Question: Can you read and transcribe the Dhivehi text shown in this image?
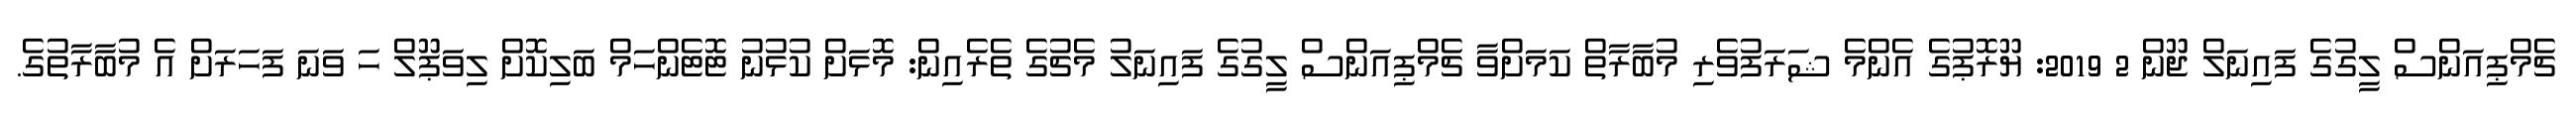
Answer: ޗެމްޕިއަންސް ލީގުގެ ފައިނަލް ޖޫން 2 2019: ޔޫރޮޕުގެ އެންމެ ޝަރަފުވެރި މުބާރާތް ކަމަށްވާ ޗެމްޕިއަންސް ލީގުގެ ފައިނަލު މެޗުގެ ތެރެއިން: މޮޅަށް ކުޅުނު ޓޮޓެންހަމް ބަލިކޮށް ލިވަޕޫލް ހަ ވަނަ ފަހަރަށް އެ މުބާރާތުގެ.